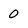
Character: 0